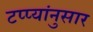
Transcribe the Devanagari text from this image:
टप्प्यांनुसार